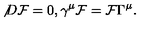
{ \not D } { \cal F } = 0 , \gamma ^ { \mu } { \cal F } = { \cal F } \Gamma ^ { \mu } .